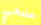
ملاكي